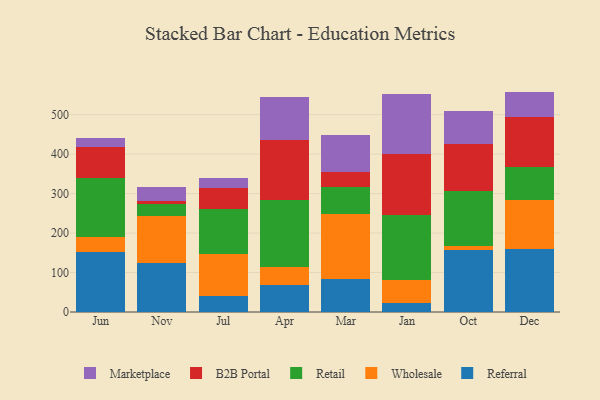
{"axis": {"x": "Month", "y": "Temperature (°C)"}, "legend": ["B2B Portal", "Marketplace", "Referral", "Retail", "Wholesale"], "data": [{"x": "Jun", "y": 152.1, "type": "Referral"}, {"x": "Jun", "y": 38.4, "type": "Wholesale"}, {"x": "Jun", "y": 148.0, "type": "Retail"}, {"x": "Jun", "y": 80.8, "type": "B2B Portal"}, {"x": "Jun", "y": 21.3, "type": "Marketplace"}, {"x": "Nov", "y": 124.5, "type": "Referral"}, {"x": "Nov", "y": 118.1, "type": "Wholesale"}, {"x": "Nov", "y": 30.8, "type": "Retail"}, {"x": "Nov", "y": 7.2, "type": "B2B Portal"}, {"x": "Nov", "y": 36.4, "type": "Marketplace"}, {"x": "Jul", "y": 40.3, "type": "Referral"}, {"x": "Jul", "y": 105.9, "type": "Wholesale"}, {"x": "Jul", "y": 114.1, "type": "Retail"}, {"x": "Jul", "y": 54.3, "type": "B2B Portal"}, {"x": "Jul", "y": 25.5, "type": "Marketplace"}, {"x": "Apr", "y": 67.2, "type": "Referral"}, {"x": "Apr", "y": 46.6, "type": "Wholesale"}, {"x": "Apr", "y": 170.6, "type": "Retail"}, {"x": "Apr", "y": 151.0, "type": "B2B Portal"}, {"x": "Apr", "y": 108.8, "type": "Marketplace"}, {"x": "Mar", "y": 84.5, "type": "Referral"}, {"x": "Mar", "y": 162.8, "type": "Wholesale"}, {"x": "Mar", "y": 70.5, "type": "Retail"}, {"x": "Mar", "y": 37.5, "type": "B2B Portal"}, {"x": "Mar", "y": 92.2, "type": "Marketplace"}, {"x": "Jan", "y": 22.1, "type": "Referral"}, {"x": "Jan", "y": 57.8, "type": "Wholesale"}, {"x": "Jan", "y": 165.0, "type": "Retail"}, {"x": "Jan", "y": 154.3, "type": "B2B Portal"}, {"x": "Jan", "y": 153.1, "type": "Marketplace"}, {"x": "Oct", "y": 157.6, "type": "Referral"}, {"x": "Oct", "y": 9.7, "type": "Wholesale"}, {"x": "Oct", "y": 139.1, "type": "Retail"}, {"x": "Oct", "y": 119.5, "type": "B2B Portal"}, {"x": "Oct", "y": 83.3, "type": "Marketplace"}, {"x": "Dec", "y": 158.6, "type": "Referral"}, {"x": "Dec", "y": 125.9, "type": "Wholesale"}, {"x": "Dec", "y": 82.3, "type": "Retail"}, {"x": "Dec", "y": 127.2, "type": "B2B Portal"}, {"x": "Dec", "y": 64.4, "type": "Marketplace"}]}